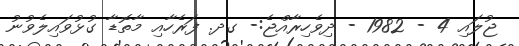
ޖުލައި 4 - 1982 - ދިވެހިރާއްޖެ:- ގދ. ފަރެހާއި މާތޮޑާ ގުޅުވައިލެވުނު